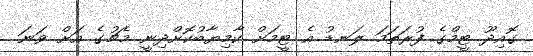
ގޮއިދޫ ޓީމްގެ ފުރަތަމަ ލަނޑު އެ ޓީމަށް ކާމިޔާބުކޮށްދިނީ މެޗުގެ އަށް ވަނަ